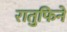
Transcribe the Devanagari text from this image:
रातुफिने